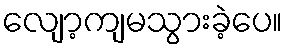
လျော့ကျမသွားခဲ့ပေ။